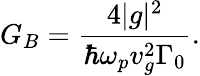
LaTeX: G_{B}=\frac{4|g|^{2}}{\hbar\omega_{p}v_{g}^{2}\Gamma_{0}}.